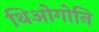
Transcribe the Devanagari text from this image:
थिओगोनि